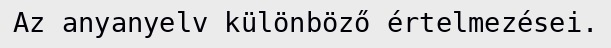
Az anyanyelv különböző értelmezései.